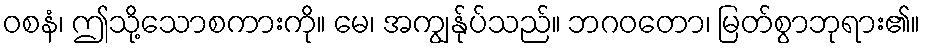
ဝစနံ၊ ဤသို့သောစကားကို။ မေ၊ အကျွန်ုပ်သည်။ ဘဂဝတော၊ မြတ်စွာဘုရား၏။